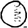
Digit: 0